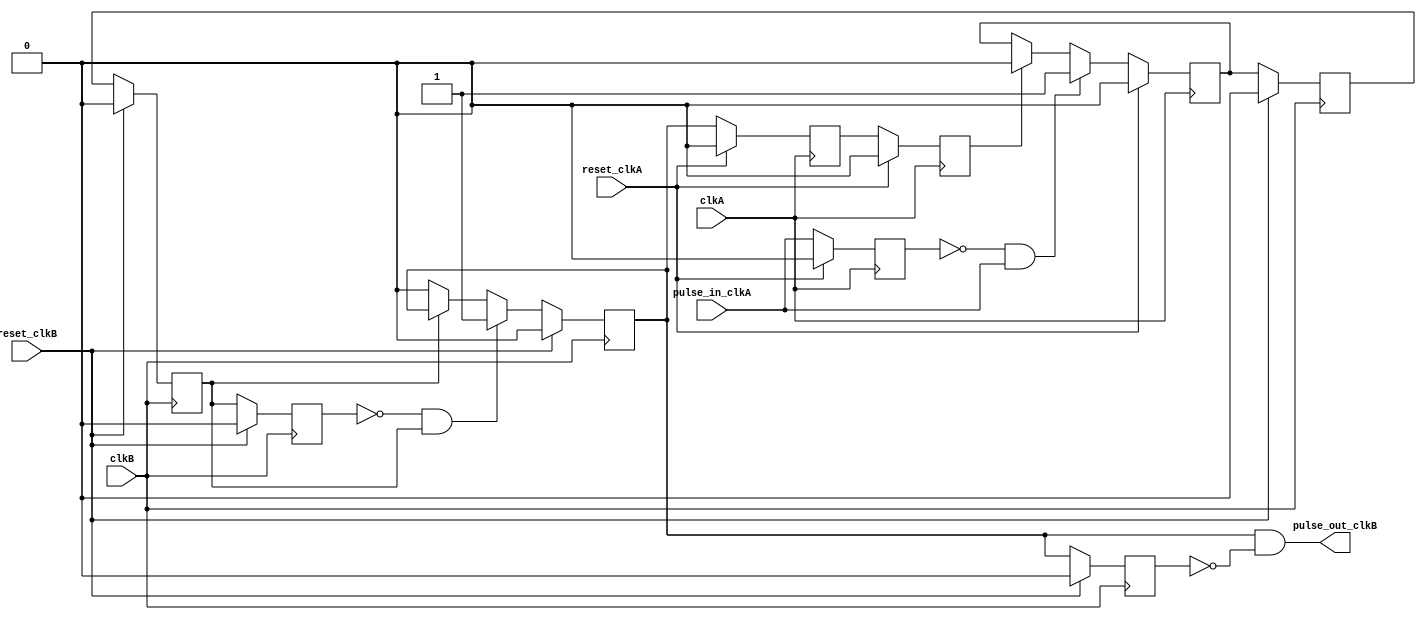
module pulse_synchronizer
    ( input pulse_in_clkA,
      input clkA,
      output pulse_out_clkB,
      input clkB,
      input reset_clkA,
      input reset_clkB
      );
   reg 	    ackA;
   reg 	    ackB;
   reg 	    ackA_synch;
   reg 	    ackA_clkB;
   reg 	    ackB_synch;
   reg 	    ackB_clkA;
   reg 	    pulse_in_clkA_d1;
   reg 	    ackA_clkB_d1;
   reg 	    ackB_d1;
   always @(posedge clkA) begin
      if(reset_clkA) begin
	 ackA <= 0;
      end
      else if(!pulse_in_clkA_d1 & pulse_in_clkA) begin
	 ackA <= 1;
      end
      else if(ackB_clkA) begin
	 ackA <= 0;
      end
   end 
   always @(posedge clkB) begin
      if(reset_clkB) begin
	 ackB <= 0;
      end
      else if(!ackA_clkB_d1 & ackA_clkB) begin
	 ackB <= 1;
      end
      else if(!ackA_clkB) begin
	 ackB <= 0;
      end
   end 
   assign pulse_out_clkB = ackB & !ackB_d1;
   always @(posedge clkA) begin
      if(reset_clkA) begin
	 pulse_in_clkA_d1 <= 0;
	 ackB_synch <= 0;
	 ackB_clkA <= 0;
      end
      else begin
	 pulse_in_clkA_d1 <= pulse_in_clkA;
	 ackB_synch <= ackB;
	 ackB_clkA <= ackB_synch;
      end
   end
   always @(posedge clkB) begin
      if(reset_clkB) begin
	 ackB_d1 <= 0;
	 ackA_synch <= 0;
	 ackA_clkB <= 0;
	 ackA_clkB_d1 <= 0;
      end
      else begin
	 ackB_d1 <= ackB;
	 ackA_synch <= ackA;
	 ackA_clkB <= ackA_synch;
	 ackA_clkB_d1 <= ackA_clkB;
      end
   end
endmodule